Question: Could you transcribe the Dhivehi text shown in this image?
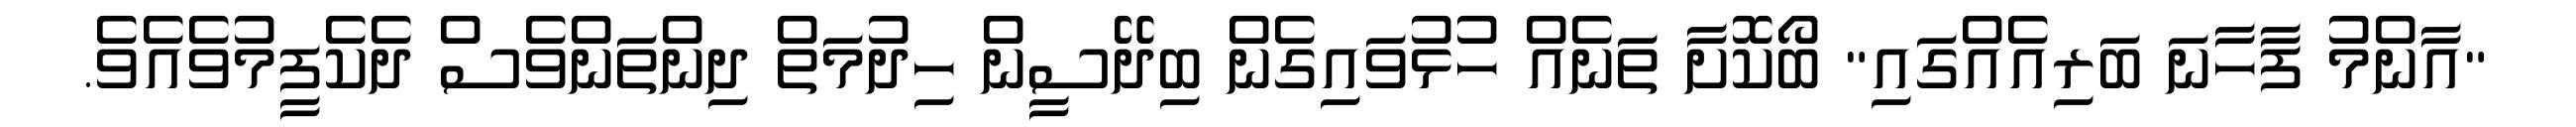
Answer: "އާންމު ފާހާނަ ބަރިއެއްގައި" ބޯކޮށާ ތަނެއް ހުޅުވައިގެން ބިދޭސީން ހިދުމަތް ދިންތަންވެސް ދެކެފީމުވެއެވެ.